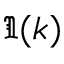
\Im ( k )